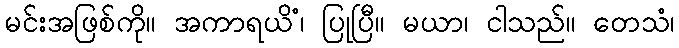
မင်းအဖြစ်ကို။ အကာရယိံ၊ ပြုပြီ။ မယာ၊ ငါသည်။ တေသံ၊